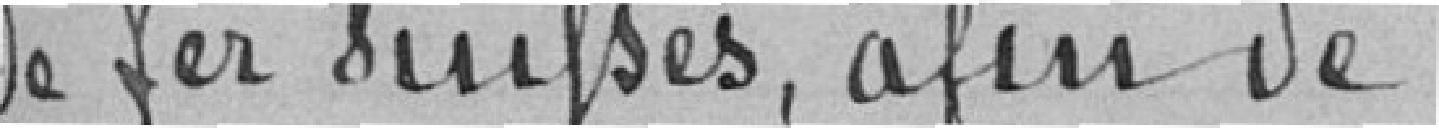
de fer suisses, afin de